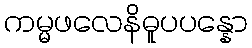
ကမ္မဖလေနိဓူပပန္နော